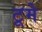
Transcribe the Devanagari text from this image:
टूमे